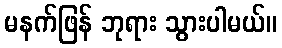
မနက်ဖြန် ဘုရား သွားပါမယ်။